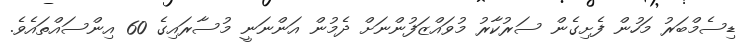
ޑިސެމްބަރު މަހުން ފެށިގެން ސަރުކާރު މުވައްޒަފުންނަށް ދެމުން އަންނަނީ މުސާރައިގެ 60 އިންސައްތައެވެ.